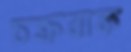
চক্রবাক